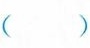
（ ）